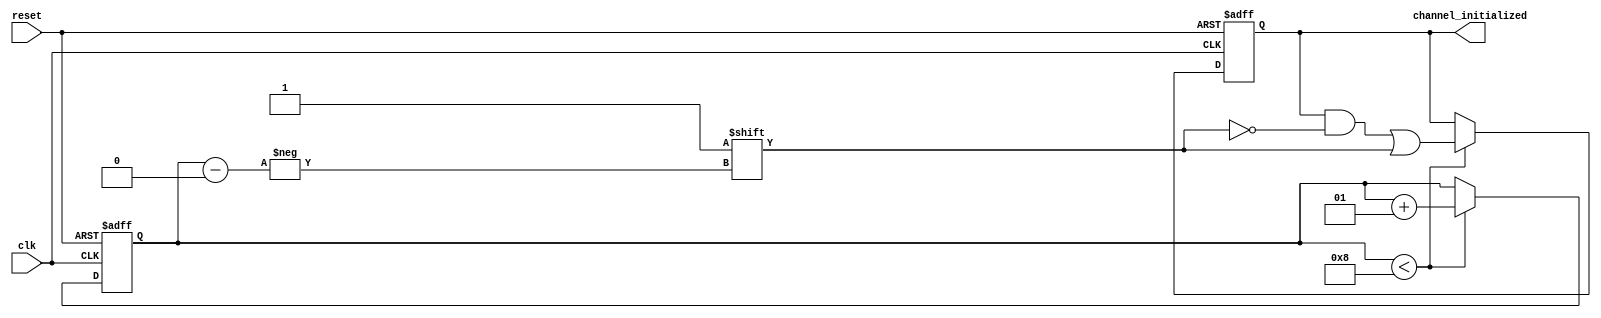
module multi_channel_initialization #(
    parameter CHANNEL_COUNT = 8  // Default number of channels
)(
    input wire reset,              // Active high reset signal
    input wire clk,                // Clock signal
    output reg [CHANNEL_COUNT-1:0] channel_initialized // Initialization status for each channel
);

    reg [CHANNEL_COUNT-1:0] initialized; // Internal flags for each channel
    integer count;                       // Counter for initialized channels

    // Initialization process
    always @(posedge clk or posedge reset) begin
        if (reset) begin
            // Reset all channels
            initialized <= {CHANNEL_COUNT{1'b0}}; // Set all to 0
            count <= 0;                         // Reset count
        end else begin
            if (count < CHANNEL_COUNT) begin
                // Initialize the next channel
                initialized[count] <= 1'b1;     // Set the current channel as initialized
                count <= count + 1;             // Increment the count
            end
        end
    end

    // Update output based on initialized flags
    always @(*) begin
        channel_initialized = initialized; // Output the current initialization status
    end

endmodule